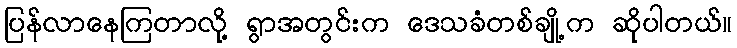
ပြန်လာနေကြတာလို့ ရွာအတွင်းက ဒေသခံတစ်ချို့က ဆိုပါတယ်။